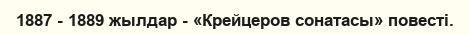
1887 - 1889 жылдар - «Крейцеров сонатасы» повесті.